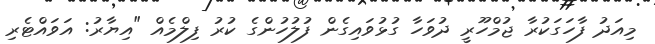
މިއަދު ފާހަގަކުރާ ޖުމްހޫރީ ދުވަހާ ގުޅުވައިގެން ފުލުހުންގެ ކުރު ފިލްމެއް "އިޔާރު: އަވައްޓެރި